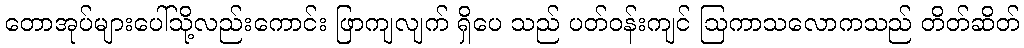
တောအုပ်များပေါ်သို့လည်းကောင်း ဖြာကျလျက် ရှိပေ သည် ပတ်ဝန်းကျင် ဩကာသလောကသည် တိတ်ဆိတ်